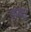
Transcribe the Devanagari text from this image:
माम्दा